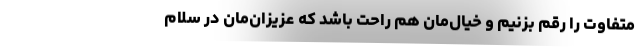
متفاوت را رقم بزنیم و خیال‌مان هم راحت باشد که عزیزان‌مان در سلام